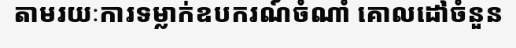
តាមរយៈការទម្លាក់ឧបករណ៍ចំណាំ គោលដៅចំនួន